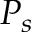
P _ { s }